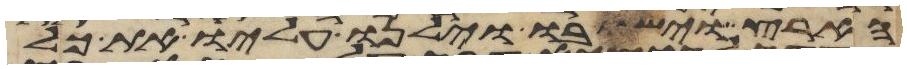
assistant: הארץ וישבו וילנו עליו את כל